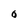
Character: 6